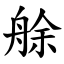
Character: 艅